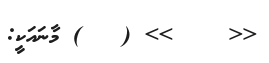
<<    >> (   ) މާނައަކީ: